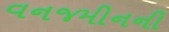
વનજમીનની